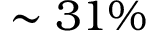
\sim 3 1 \%